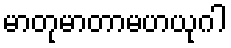
မာတုမာတာမဟယုဂါ